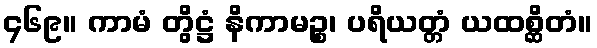
၄၆၉။ ကာမံ တွိဋ္ဌံ နိကာမဉ္စ၊ ပရိယတ္တံ ယထစ္ဆိတံ။